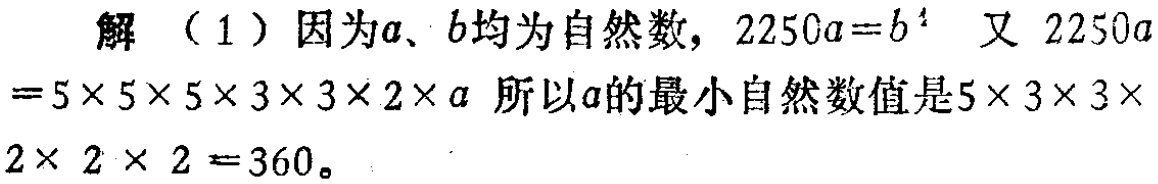
解（1）因为\(a\)、\(b\)均为自然数，\(2250a = b^{4}\) 又 \(2250a=5\times5\times5\times3\times3\times2\times a\) 所以\(a\)的最小自然数值是\(5\times3\times3\times2\times 2\times 2 =360\)。